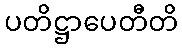
ပတိဋ္ဌာပေတီတိ